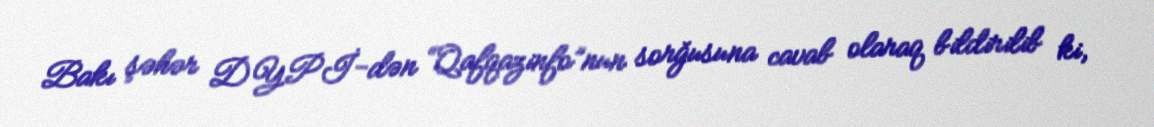
Bakı şəhər DYPİ-dən “Qafqazinfo”nun sorğusuna cavab olaraq bildirilib ki,